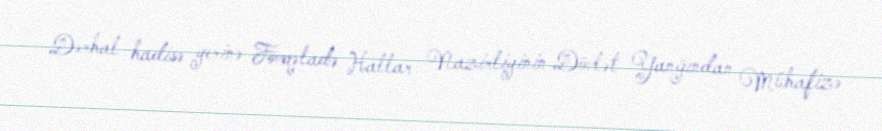
Dərhal hadisə yerinə Fövqəladə Hallar Nazirliyinin Dövlət Yanğından Mühafizə